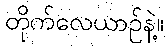
တိုက်လေယာဥ်နဲ့။